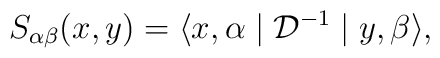
S_{\alpha\beta}(x,y)=\langle x,\alpha \mid {\mathcal D}^{-1} \mid y, \beta \rangle ,